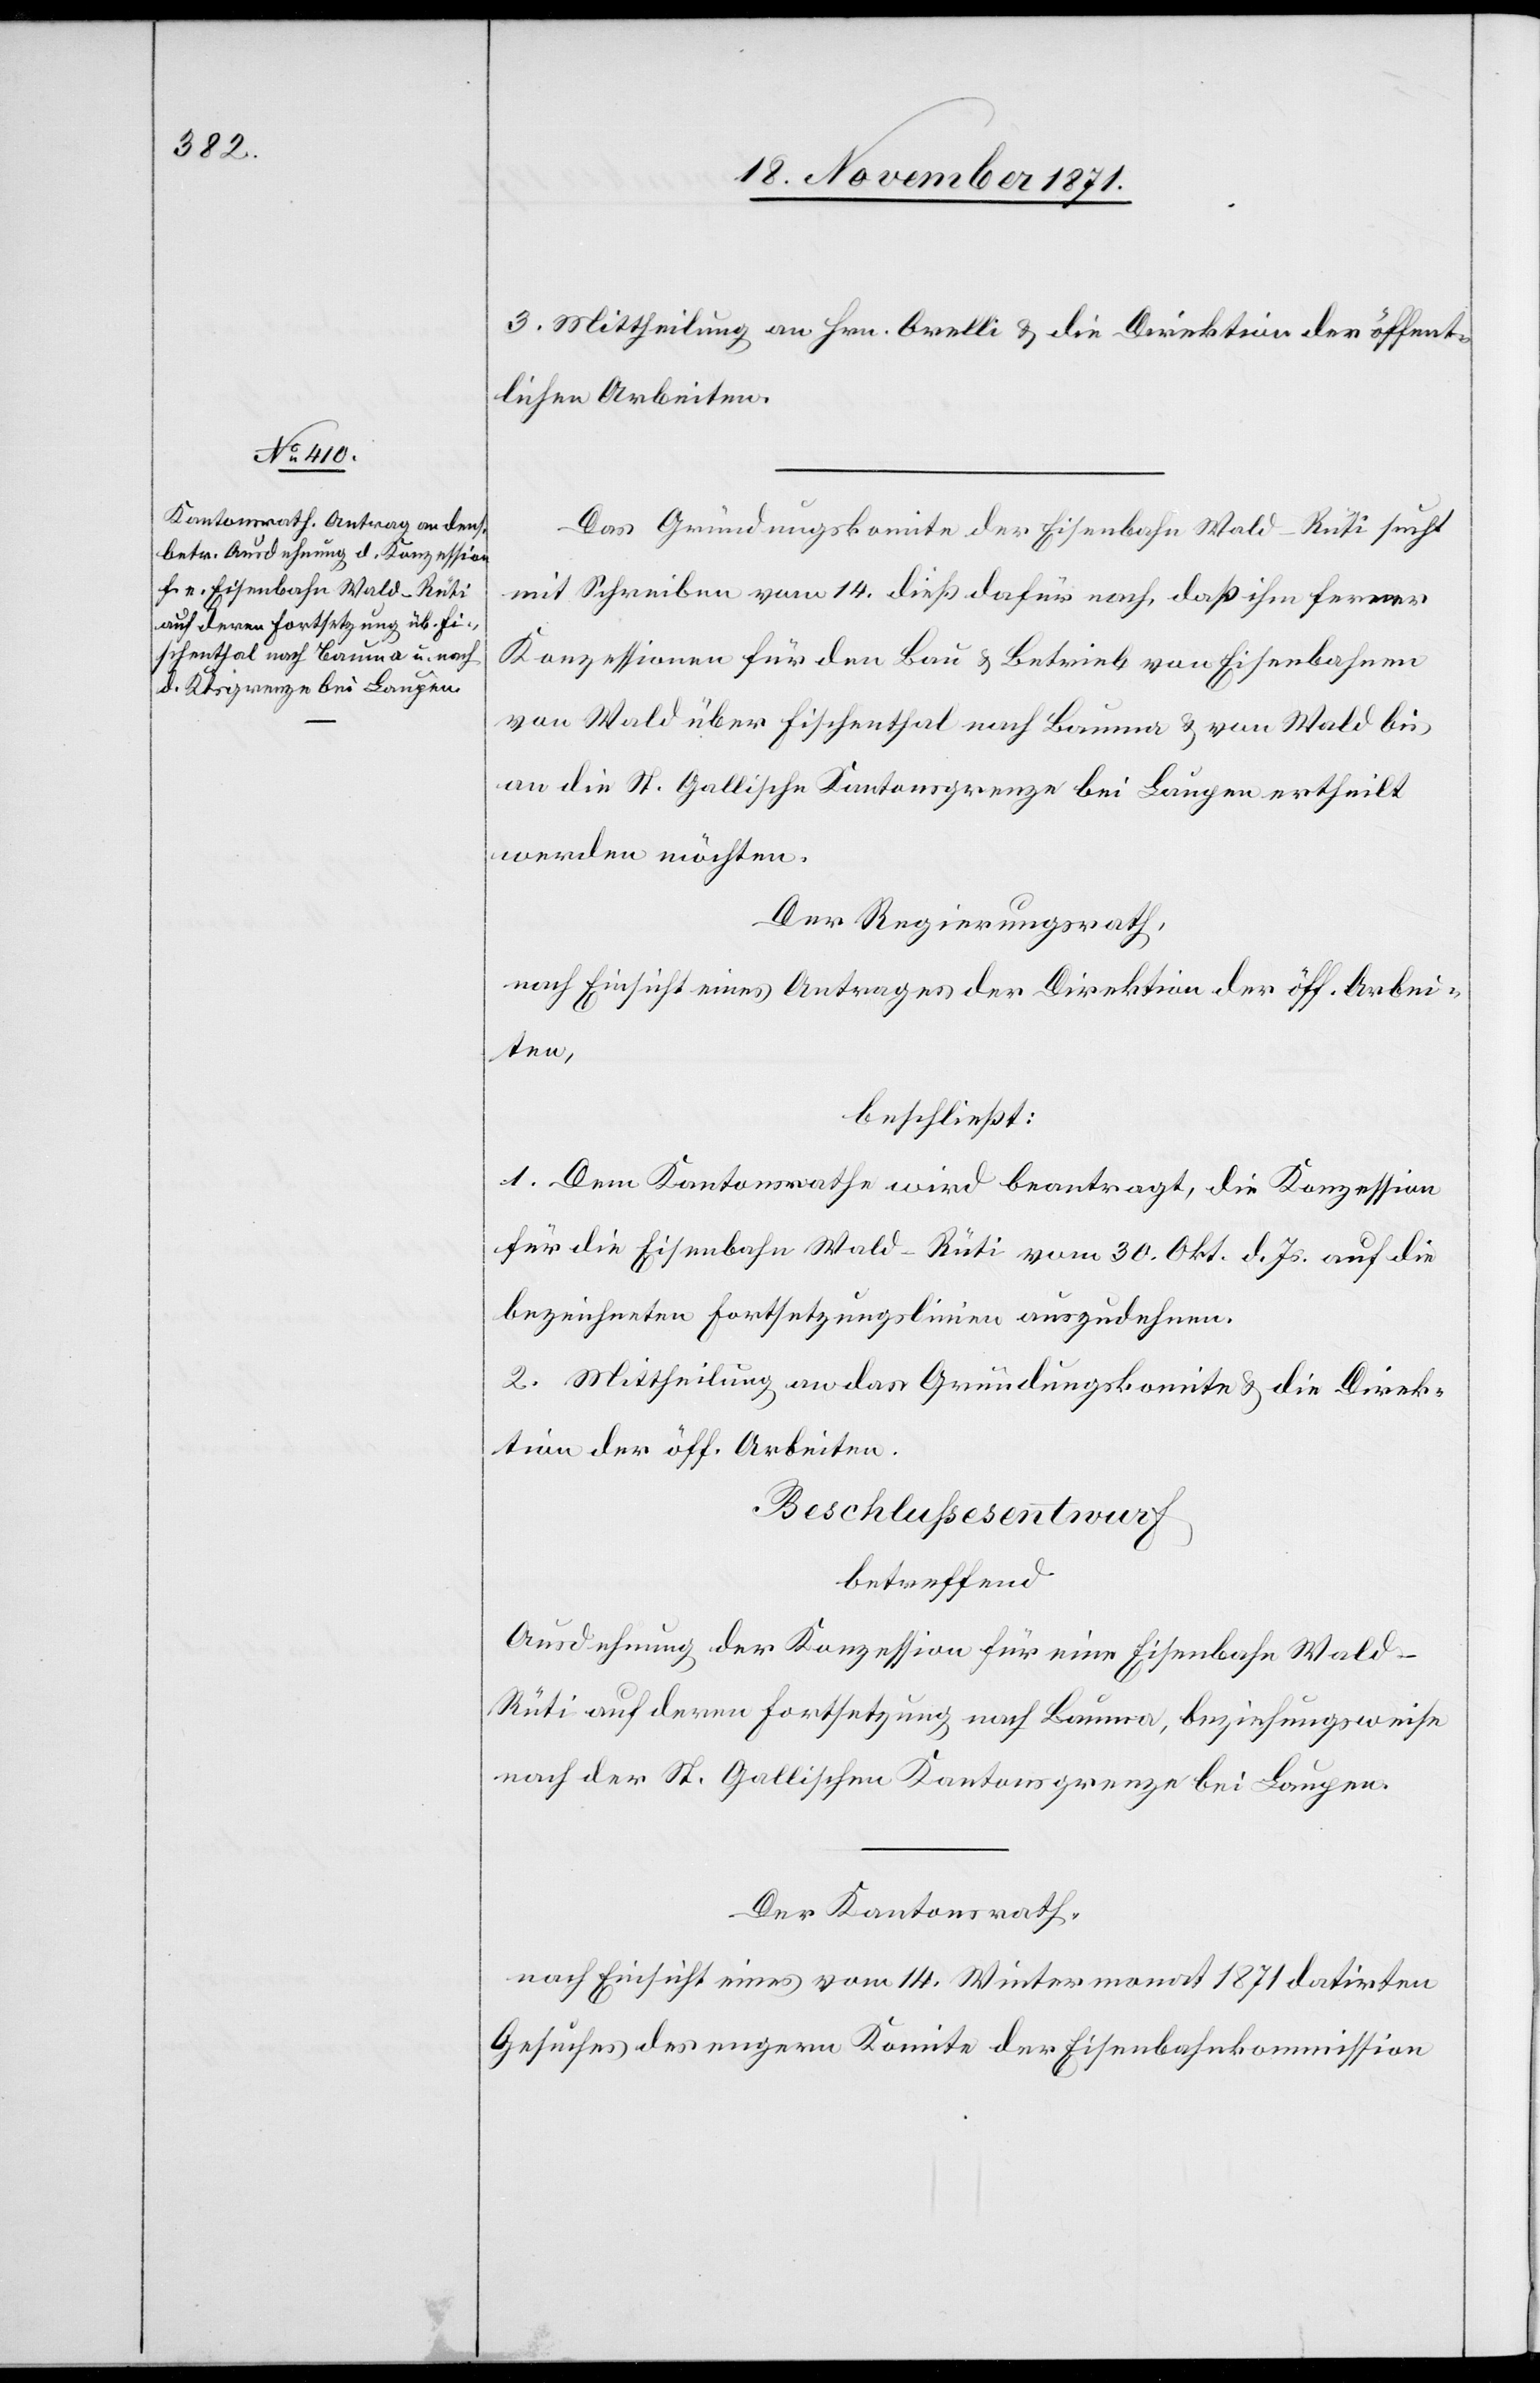
3. Mittheilung an Hrn. Orelli & die Direktion der öffent¬
lichen Arbeiten.
Das Gründungskomite der Eisenbahn Wald–Rüti sucht
mit Schreiben vom 14. dieß dafür nach, daß ihm ferner
Konzessionen für den Bau & Betrieb von Eisenbahnen
von Wald über Fischenthal nach Bauma & von Wald bis
an die St. Gallische Kantonsgrenze bei Laupen ertheilt
werden möchten.
Der Regierungsrath,
nach Einsicht eines Antrages der Direktion der öff. Arbei¬
ten,
beschließt:
1. Dem Kantonsrathe wird beantragt, die Konzession
für die Eisenbahn Wald–Rüti vom 30. Okt. d. Js. auf die
bezeichneten Fortsetzungslinien auszudehnen.
2. Mittheilung an das Gründungskomite & die Direk¬
tion der öff. Arbeiten.
Beschlußesentwurf
betreffend
Ausdehnung der Konzession für eine Eisenbahn Wal¬
d–Rüti auf deren Fortsetzung nach Bauma, beziehungsweise
nach der St. Gallischen Kantonsgrenze bei Laupen.
Der Kantonsrath,
nach Einsicht eines vom 14. Wintermonat 1871 datirten
Gesuches des engern Komitee der Eisenbahnkommission